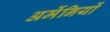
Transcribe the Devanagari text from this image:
अर्मेनियों